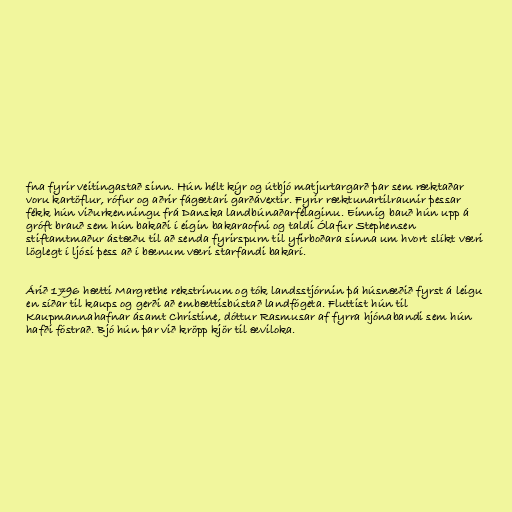
fna fyrir veitingastað sinn. Hún hélt kýr og útbjó matjurtargarð þar sem ræktaðar
voru kartöflur, rófur og aðrir fágætari garðávextir. Fyrir ræktunartilraunir þessar
fékk hún viðurkenningu frá Danska landbúnaðarfélaginu. Einnig bauð hún upp á
gróft brauð sem hún bakaði í eigin bakaraofni og taldi Ólafur Stephensen
stiftamtmaður ástæðu til að senda fyrirspurn til yfirboðara sinna um hvort slíkt væri
löglegt í ljósi þess að í bænum væri starfandi bakarí.

Árið 1796 hætti Margrethe rekstrinum og tók landsstjórnin þá húsnæðið fyrst á leigu
en síðar til kaups og gerði að embættisbústað landfógeta. Fluttist hún til
Kaupmannahafnar ásamt Christine, dóttur Rasmusar af fyrra hjónabandi sem hún
hafði fóstrað. Bjó hún þar við kröpp kjör til æviloka.